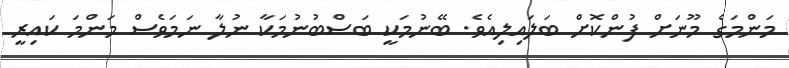
މަންމަގެ މޫނަށް ފުންކޮށް ބަލައިލިއެވެ. ބޭނުމަކީ ބަސްބުނުމަކާ ނުލާ ނަމަވެސް މަންމަ ކައިރީ